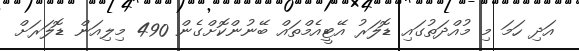
އަދި ހަމަ މި މުއްދަތުގައި ޑޮލަރު އޭޓީއެމްތައް ބޭނުންކޮށްގެން 490 މިލިއަން ޑޮލަރަށް